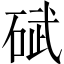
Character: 碔